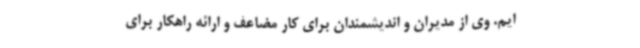
ایم. وی از مدیران و اندیشمندان برای کار مضاعف و ارائه راهکار برای